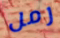
رمل